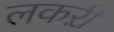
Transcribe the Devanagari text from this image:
लकऱी